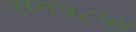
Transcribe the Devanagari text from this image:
सन१८५४